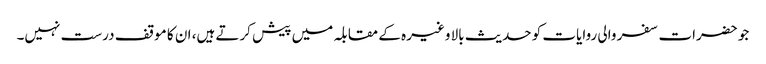
جو حضرات سفر والی روایات کو حدیث بالا وغیرہ کے مقابلہ میں پیش کرتے ہیں، ان کا موقف درست نہیں۔